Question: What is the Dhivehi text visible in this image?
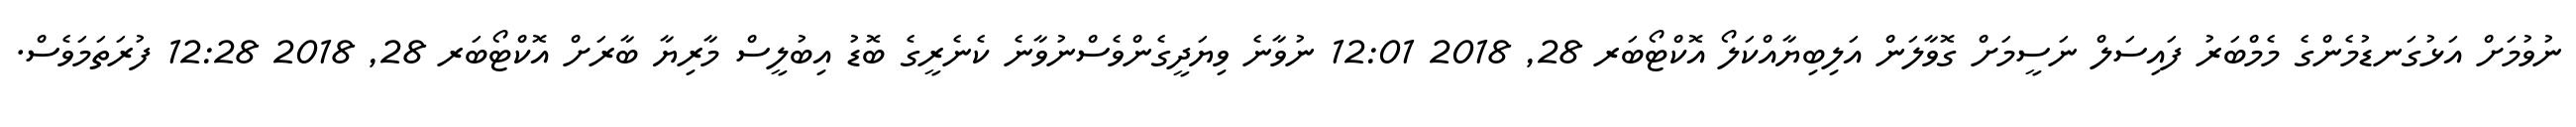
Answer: ނުވުމަށް އަޅުގަނޑުމެންގެ މެމްބަރު ފައިސަލް ނަސީމަށް ގޮވާލަން އަލިބިޔާއްކަލޯ އޮކްޓޯބަރ 28, 2018 12:01 ނުވާނެ ވިޔަދީގެންވެސްނުވާނެ ކެނެރީގެ ބޮޑު އިބުލީސް މާރިޔާ ބާރަށް އޮކްޓޯބަރ 28, 2018 12:28 ފުރަތަމަވެސް.